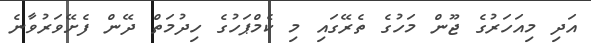
އަދި މިއަހަރުގެ ޖޫން މަހުގެ ތެރޭގައި މި ކެމްޕަހުގެ ހިދުމަތް ދޭން ފެށޭވަރުވާނެ